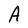
Character: A